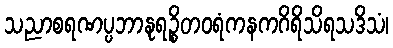
သညာစရဏပ္ပဘာနုရဉ္စိတဝရံကနကဂိရိသိရသဒိသံ၊